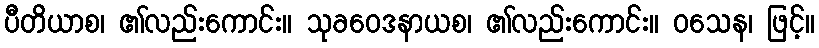
ပီတိယာစ၊ ၏လည်းကောင်း။ သုခဝေဒနာယစ၊ ၏လည်းကောင်း။ ဝသေန၊ ဖြင့်။